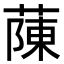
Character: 蔯